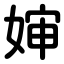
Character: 婶